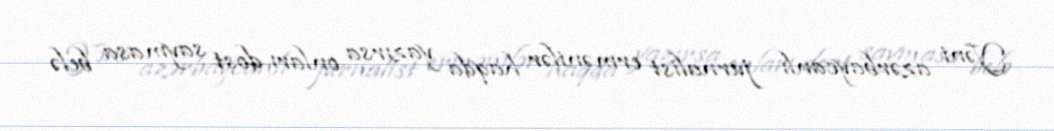
Yəni azərbaycanlı jurnalist ermənilər haqda yazırsa onları dost saymasa belə